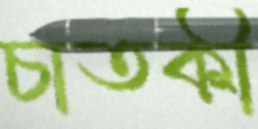
চাতকী